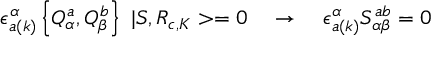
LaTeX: \epsilon _ { a ( k ) } ^ { \alpha } \left\{ Q _ { \alpha } ^ { a } , Q _ { \beta } ^ { b } \right\} \, \, | S , R _ { c , K } > = 0 \quad \rightarrow \quad \epsilon _ { a ( k ) } ^ { \alpha } S _ { \alpha \beta } ^ { a b } = 0